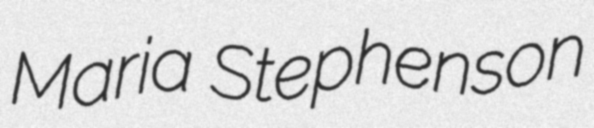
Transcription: Maria Stephenson